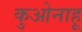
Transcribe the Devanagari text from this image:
कुओनाहू